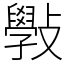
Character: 斅